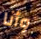
وأنا